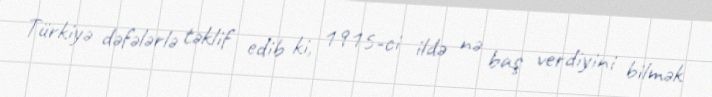
Türkiyə dəfələrlə təklif edib ki, 1915-ci ildə nə baş verdiyini bilmək